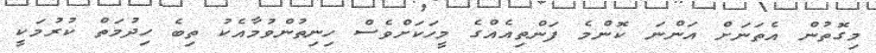
މިގޮތުން އެތަނަށް އަންނަ ކޮންމެ ފަންތިއެެއްގެ މީހަކަށްވެސް ހިނިތުންވުމާއެކު ތިބެ ހިދުމަތް ކުރުމަކީ